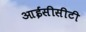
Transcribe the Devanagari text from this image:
आईसीसीटी